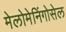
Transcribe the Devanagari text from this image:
मेलोमेनिंगोसेल